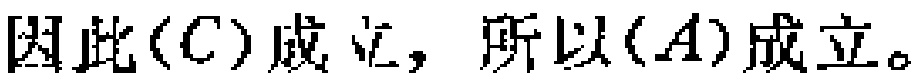
因此\((C)\)成立，所以\((A)\)成立。